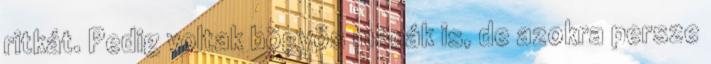
ritkát. Pedig voltak bögyös macák is, de azokra persze